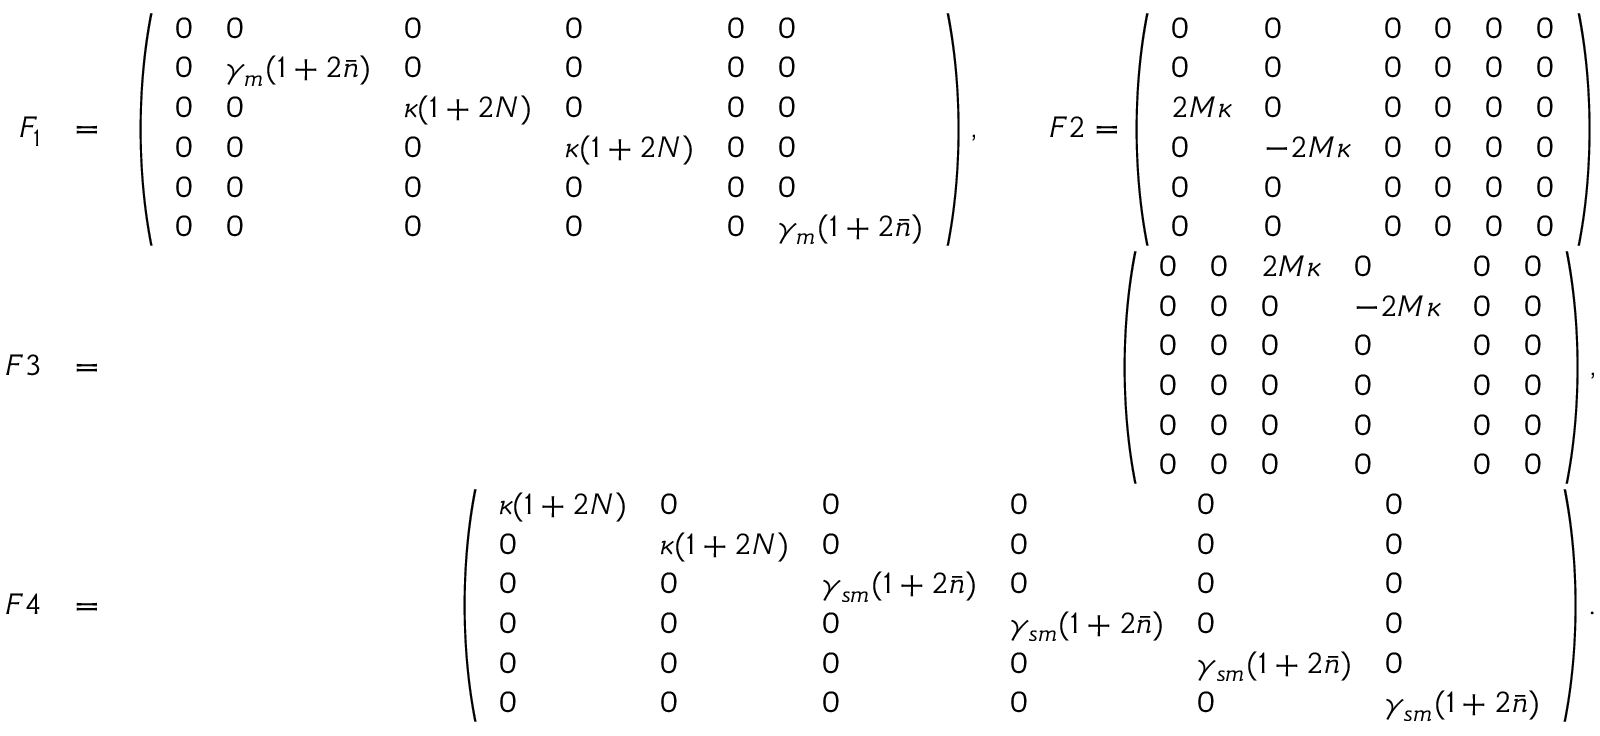
\begin{array} { r l r } { F _ { 1 } } & { = } & { \left( \begin{array} { l l l l l l } { 0 } & { 0 } & { 0 } & { 0 } & { 0 } & { 0 } \\ { 0 } & { \gamma _ { m } ( 1 + 2 \bar { n } ) } & { 0 } & { 0 } & { 0 } & { 0 } \\ { 0 } & { 0 } & { \kappa ( 1 + 2 N ) } & { 0 } & { 0 } & { 0 } \\ { 0 } & { 0 } & { 0 } & { \kappa ( 1 + 2 N ) } & { 0 } & { 0 } \\ { 0 } & { 0 } & { 0 } & { 0 } & { 0 } & { 0 } \\ { 0 } & { 0 } & { 0 } & { 0 } & { 0 } & { \gamma _ { m } ( 1 + 2 \bar { n } ) } \end{array} \right) , \quad \quad F 2 = \left( \begin{array} { l l l l l l } { 0 } & { 0 } & { 0 } & { 0 } & { 0 } & { 0 } \\ { 0 } & { 0 } & { 0 } & { 0 } & { 0 } & { 0 } \\ { 2 M \kappa } & { 0 } & { 0 } & { 0 } & { 0 } & { 0 } \\ { 0 } & { - 2 M \kappa } & { 0 } & { 0 } & { 0 } & { 0 } \\ { 0 } & { 0 } & { 0 } & { 0 } & { 0 } & { 0 } \\ { 0 } & { 0 } & { 0 } & { 0 } & { 0 } & { 0 } \end{array} \right) } \\ { F 3 } & { = } & { \left( \begin{array} { l l l l l l } { 0 } & { 0 } & { 2 M \kappa } & { 0 } & { 0 } & { 0 } \\ { 0 } & { 0 } & { 0 } & { - 2 M \kappa } & { 0 } & { 0 } \\ { 0 } & { 0 } & { 0 } & { 0 } & { 0 } & { 0 } \\ { 0 } & { 0 } & { 0 } & { 0 } & { 0 } & { 0 } \\ { 0 } & { 0 } & { 0 } & { 0 } & { 0 } & { 0 } \\ { 0 } & { 0 } & { 0 } & { 0 } & { 0 } & { 0 } \end{array} \right) , } \\ { F 4 } & { = } & { \left( \begin{array} { l l l l l l } { \kappa ( 1 + 2 N ) } & { 0 } & { 0 } & { 0 } & { 0 } & { 0 } \\ { 0 } & { \kappa ( 1 + 2 N ) } & { 0 } & { 0 } & { 0 } & { 0 } \\ { 0 } & { 0 } & { \gamma _ { s m } ( 1 + 2 \bar { n } ) } & { 0 } & { 0 } & { 0 } \\ { 0 } & { 0 } & { 0 } & { \gamma _ { s m } ( 1 + 2 \bar { n } ) } & { 0 } & { 0 } \\ { 0 } & { 0 } & { 0 } & { 0 } & { \gamma _ { s m } ( 1 + 2 \bar { n } ) } & { 0 } \\ { 0 } & { 0 } & { 0 } & { 0 } & { 0 } & { \gamma _ { s m } ( 1 + 2 \bar { n } ) } \end{array} \right) . } \end{array}